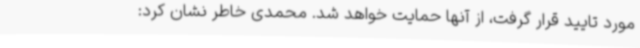
مورد تایید قرار گرفت، از آنها حمایت خواهد شد. محمدی خاطر نشان کرد: